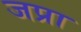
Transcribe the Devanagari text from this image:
जप्रा